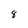
Character: 8